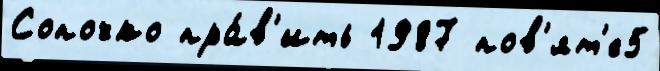
Сопочко пра́в'ить 1987 пов'ят'е5